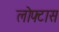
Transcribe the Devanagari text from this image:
लोफ्टास